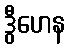
ဒွီဟေန